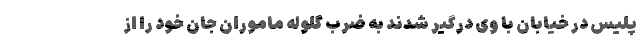
پلیس در خیابان با وی درگیر شدند به ضرب گلوله ماموران جان خود را از